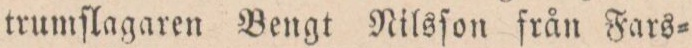
trumſlagaren Bengt Nilsſon från Fars=